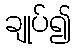
ချုပ်၍